Report of an investigation of the epidemic of malarial fever in Assam, or, kala-azar
Disease focus: Malaria
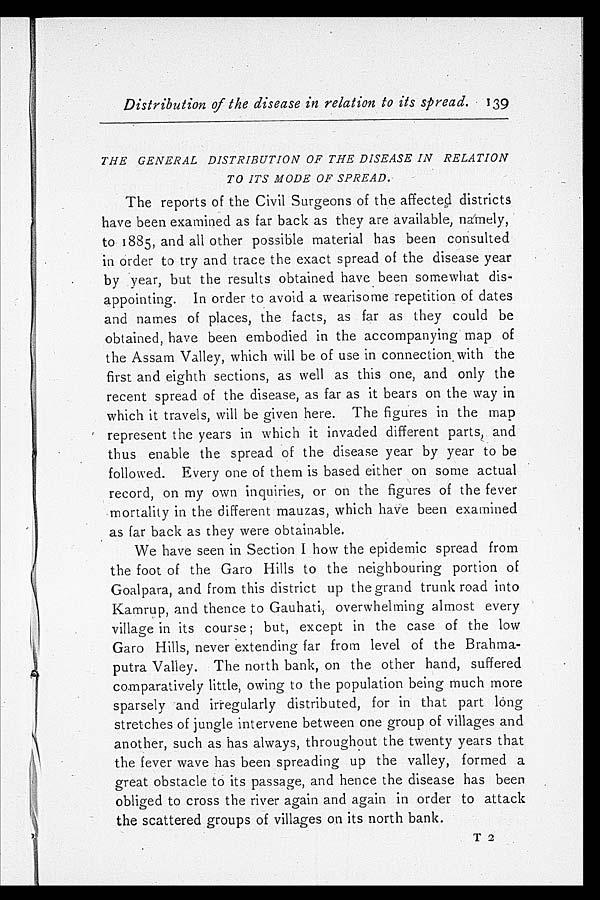
Distribution of the disease in relation to its spread. 139
THE GENERAL DISTRIBUTION OF THE DISEASE IN RELATION
TO ITS MODE OF SPREAD.
The reports of the Civil Surgeons of the affected districts
have been examined as far back as they are available, namely,
to 1885, and all other possible material has been consulted
in order to try and trace the exact spread of the disease year
by year, but the results obtained have been somewhat dis
-appointing. In order to avoid a wearisome repetition of dates
and names of places, the facts, as far as they could be
obtained, have been embodied in the accompanying map of
the Assam Valley, which will be of use in connection with the
first and eighth sections, as well as this one, and only the
recent spread of the disease, as far as it bears on the way in
which it travels, will be given here. The figures in the map
represent the years in which it invaded different parts, and
thus enable the spread of the disease year by year to be
followed. Every one of them is based either on some actual
record, on my own inquiries, or on the figures of the fever
mortality in the different mauzas, which have been examined
as far back as they were obtainable.
We have seen in Section I how the epidemic spread from
the foot of the Garo Hills to the neighbouring portion of
Goalpara, and from this district up the grand trunk road into
Kamrup, and thence to Gauhati, overwhelming almost every
village in its course; but, except in the case of the low
Garo Hills, never extending far from level of the Brahma
-putra Valley. The north bank, on the other hand, suffered
comparatively little, owing to the population being much more
sparsely and irregularly distributed, for in that part long
stretches of jungle intervene between one group of villages and
another, such as has always, throughout the twenty years that
the fever wave has been spreading up the valley, formed a
great obstacle to its passage, and hence the disease has been
obliged to cross the river again and again in order to attack
the scattered groups of villages on its north bank.
T 2